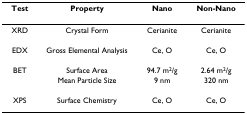
<table><thead><tr><td><b>Test</b></td><td><b>Property</b></td><td><b>Nano</b></td><td><b>Non-Nano</b></td></tr></thead><tbody><tr><td>XRD</td><td>Crystal Form</td><td>Cerianite</td><td>Cerianite</td></tr><tr><td>EDX</td><td>Gross Elemental Analysis</td><td>Ce, O</td><td>Ce, O</td></tr><tr><td>BET</td><td>Surface Area</td><td>94.7 m<sup>2</sup>/g</td><td>2.64 m<sup>2</sup>/g</td></tr><tr><td></td><td>Mean Particle Size</td><td>9 nm</td><td>320 nm</td></tr><tr><td>XPS</td><td>Surface Chemistry</td><td>Ce, O</td><td>Ce, O</td></tr></tbody></table>